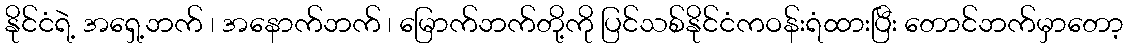
နိုင်ငံရဲ့ အရှေ့ဘက် ၊ အနောက်ဘက် ၊ မြောက်ဘက်တို့ကို ပြင်သစ်နိုင်ငံကဝန်းရံထားပြီး တောင်ဘက်မှာတော့